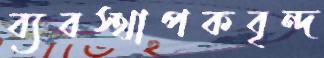
ব্যবস্থাপকবৃন্দ